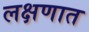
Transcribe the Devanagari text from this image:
लक्षणात